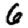
Digit: 6